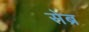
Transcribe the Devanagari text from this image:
सेब्र